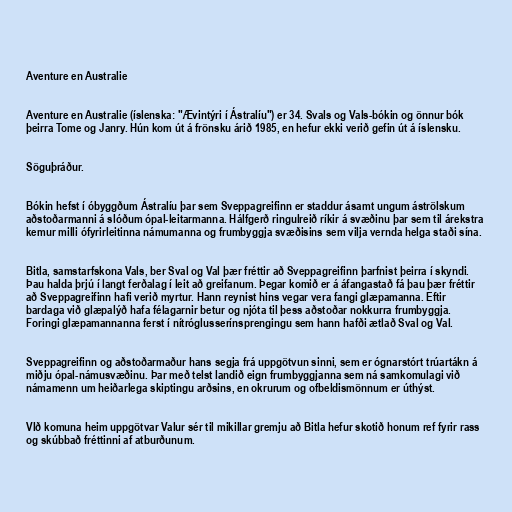
Aventure en Australie

Aventure en Australie (íslenska: "Ævintýri í Ástralíu") er 34. Svals og Vals-bókin og önnur bók
þeirra Tome og Janry. Hún kom út á frönsku árið 1985, en hefur ekki verið gefin út á íslensku.

Söguþráður.

Bókin hefst í óbyggðum Ástralíu þar sem Sveppagreifinn er staddur ásamt ungum áströlskum
aðstoðarmanni á slóðum ópal-leitarmanna. Hálfgerð ringulreið ríkir á svæðinu þar sem til árekstra
kemur milli ófyrirleitinna námumanna og frumbyggja svæðisins sem vilja vernda helga staði sína.

Bitla, samstarfskona Vals, ber Sval og Val þær fréttir að Sveppagreifinn þarfnist þeirra í skyndi.
Þau halda þrjú í langt ferðalag í leit að greifanum. Þegar komið er á áfangastað fá þau þær fréttir
að Sveppagreifinn hafi verið myrtur. Hann reynist hins vegar vera fangi glæpamanna. Eftir
bardaga við glæpalýð hafa félagarnir betur og njóta til þess aðstoðar nokkurra frumbyggja.
Foringi glæpamannanna ferst í nítróglusserínsprengingu sem hann hafði ætlað Sval og Val.

Sveppagreifinn og aðstoðarmaður hans segja frá uppgötvun sinni, sem er ógnarstórt trúartákn á
miðju ópal-námusvæðinu. Þar með telst landið eign frumbyggjanna sem ná samkomulagi við
námamenn um heiðarlega skiptingu arðsins, en okrurum og ofbeldismönnum er úthýst.

VIð komuna heim uppgötvar Valur sér til mikillar gremju að Bitla hefur skotið honum ref fyrir rass
og skúbbað fréttinni af atburðunum.